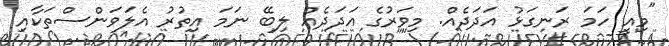
"މިއީ ހަމަ ރަނގަޅު އަދަދެއް. މިވަރުގެ އަދަދެއް ލިބޭ ނަމަ އިތުރު އެލަވަންސްތަކާއި